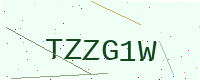
Text: TZZG1W